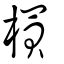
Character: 𣛠